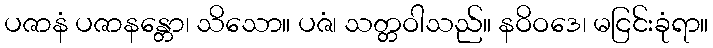
ပဇာနံ ပဇာနန္တော၊ သိသော။ ပဇံ၊ သတ္တဝါသည်။ နဝိဝဒေ၊ မငြင်းခုံရာ။